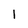
Character: l